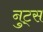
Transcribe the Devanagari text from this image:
नुट्स